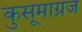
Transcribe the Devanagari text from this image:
कुसूमाग्रज